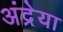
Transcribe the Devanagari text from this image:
अंद्रेया